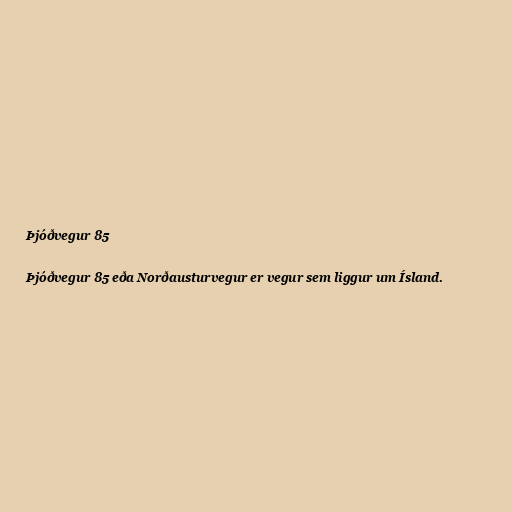
Þjóðvegur 85

Þjóðvegur 85 eða Norðausturvegur er vegur sem liggur um Ísland.